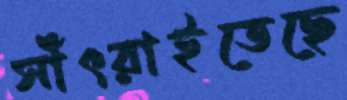
সাঁৎরাইতেছে